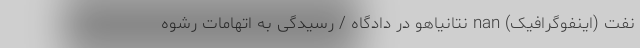
نفت (اینفوگرافیک) nan نتانیاهو در دادگاه / رسیدگی به اتهامات رشوه